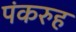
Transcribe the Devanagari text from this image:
पंकरुह